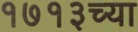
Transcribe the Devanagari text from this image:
१७१३च्या